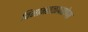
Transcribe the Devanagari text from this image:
विमानतळापाठोपाठ